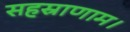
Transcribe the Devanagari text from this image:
सहस्राणाम।